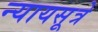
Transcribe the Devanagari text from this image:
न्यायसूत्रे